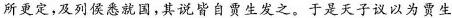
所更定，及列侯悉\underset{·}{就}\underset{·}{国}，其说皆自贾生